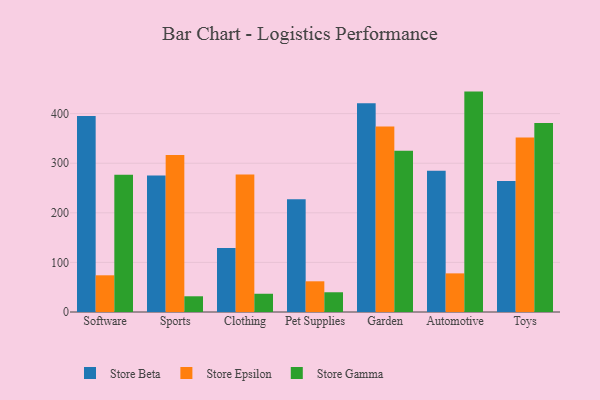
{"axis": {"x": "Category", "y": "Bounce Rate (%)"}, "legend": ["Store Beta", "Store Epsilon", "Store Gamma"], "data": [{"x": "Software", "y": 395.0, "type": "Store Beta"}, {"x": "Software", "y": 74.0, "type": "Store Epsilon"}, {"x": "Software", "y": 276.7, "type": "Store Gamma"}, {"x": "Sports", "y": 275.2, "type": "Store Beta"}, {"x": "Sports", "y": 316.6, "type": "Store Epsilon"}, {"x": "Sports", "y": 31.7, "type": "Store Gamma"}, {"x": "Clothing", "y": 129.2, "type": "Store Beta"}, {"x": "Clothing", "y": 277.4, "type": "Store Epsilon"}, {"x": "Clothing", "y": 36.8, "type": "Store Gamma"}, {"x": "Pet Supplies", "y": 227.4, "type": "Store Beta"}, {"x": "Pet Supplies", "y": 61.9, "type": "Store Epsilon"}, {"x": "Pet Supplies", "y": 39.8, "type": "Store Gamma"}, {"x": "Garden", "y": 420.7, "type": "Store Beta"}, {"x": "Garden", "y": 373.8, "type": "Store Epsilon"}, {"x": "Garden", "y": 324.9, "type": "Store Gamma"}, {"x": "Automotive", "y": 284.6, "type": "Store Beta"}, {"x": "Automotive", "y": 77.9, "type": "Store Epsilon"}, {"x": "Automotive", "y": 444.4, "type": "Store Gamma"}, {"x": "Toys", "y": 264.2, "type": "Store Beta"}, {"x": "Toys", "y": 351.9, "type": "Store Epsilon"}, {"x": "Toys", "y": 380.9, "type": "Store Gamma"}]}